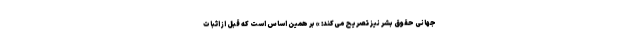
جهانی حقوق بشر نیز تصریح می‌کند: » بر همین اساس است که قبل از اثبات